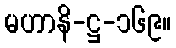
မဟာနိ-ဋ္ဌ-၁၆၉။